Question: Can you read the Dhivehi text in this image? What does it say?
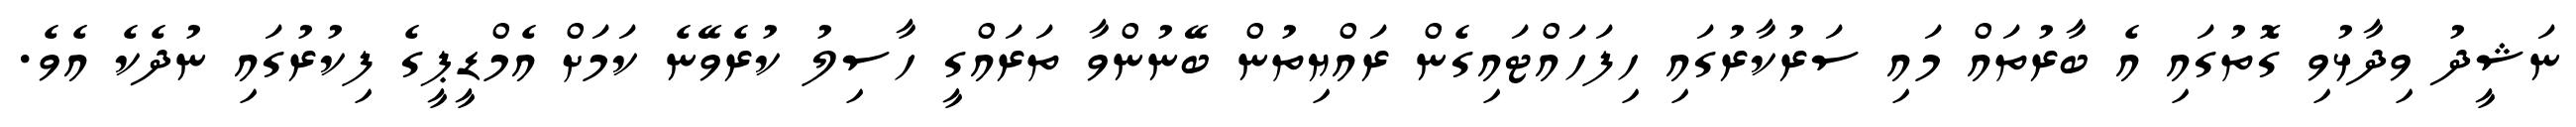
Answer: ނަޝީދު ވިދާޅުވި ގޮތުގައި އެ ބާރުތައް މައި ސަރުކާރުގައި ހިފަހައްޓައިގެން ރައްޔިތުން ބޭނުންވާ ތަރައްގީ ހާސިލު ކުރެވޭނެ ކަމަށް އެމްޑީޕީގެ ފިކުރުގައި ނުދެކެ އެވެ.